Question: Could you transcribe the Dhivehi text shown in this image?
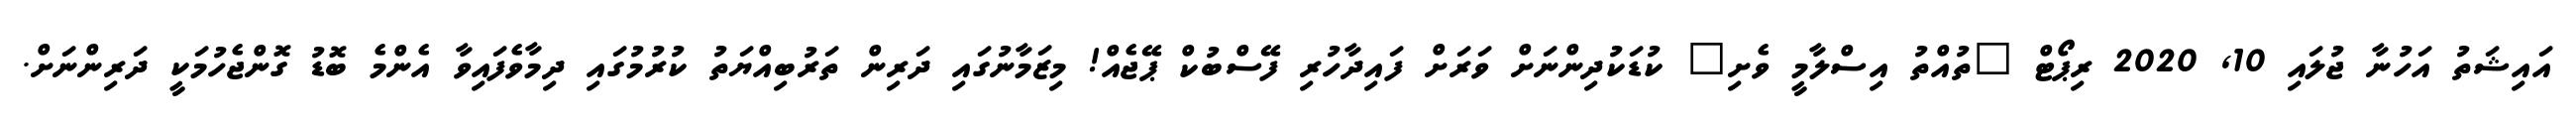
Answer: އައިޝަތު އަހުނާ ޖުލައި 10, 2020 ރިޕޯޓް "ތުއްތު އިސްލާމީ ވެށި" ކުޑަކުދިންނަށް ވަރަށް ފައިދާހުރި ފޭސްބުކް ޕޭޖެއް! މިޒަމާނުގައި ދަރިން ތަރުބިއްޔަތު ކުރުމުގައި ދިމާވެފައިވާ އެންމެ ބޮޑު ގޮންޖެހުމަކީ ދަރިންނަށް.